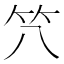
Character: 𱷮